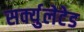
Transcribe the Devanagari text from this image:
सर्क्युलेटेड